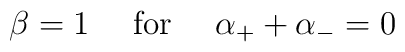
\beta=1\quad\mbox{ for }\quad \alpha_{+}+\alpha_{-}=0